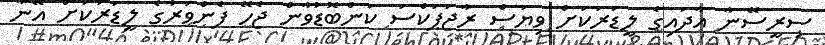
ސިރީސޭނާ އާދައިގެ ލީޑަރަކަށް ވިޔަސް ރާޖަޕަކްސަ ކަންބޮޑުވާން ޖެހޭ ފެންވަރުގެ ލީޑަރަކަށް އޭނާ